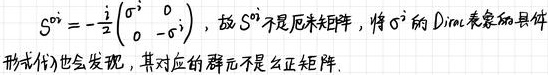
$S^{\sigma ^i}=-\frac{i}{2}\begin{pmatrix} \sigma ^i&0\\ 0&-\sigma ^i \end{pmatrix}$, 故$S^{\sigma ^i}$不是厄米矩阵, 将$\sigma ^i$的Dirac表象的具体形式代入也会发现，其对应的群元不是幺正矩阵.